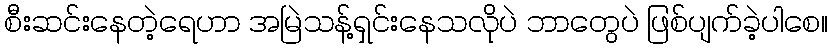
စီးဆင်းနေတဲ့ရေဟာ အမြဲသန့်ရှင်းနေသလိုပဲ ဘာတွေပဲ ဖြစ်ပျက်ခဲ့ပါစေ။